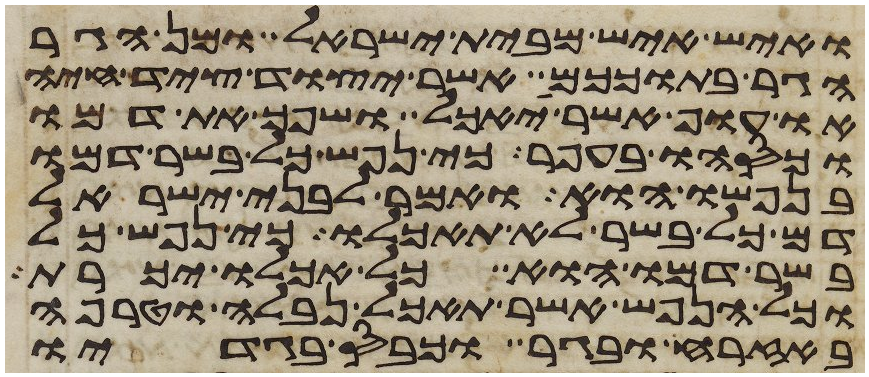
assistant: ואיש איש מבית ישראל ומן הגר
הגר בתוככם אשר יצוד ציד חיה
או עוף אשר יאכל ושפך את דמו
וכסהו בעפר כי נפש כל בשר דמו
בנפשו הוא ואמר לבני ישראל
דם כל בשר לא תאכלו כי נפש כל
בשר דמו הוא כל אכלו יכרת
וכל הנפש אשר תאכל נבלה וטרפה
באזרח ובגר וכבס בגדיו